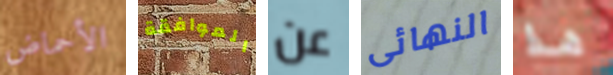
الأحماض الموافقة عن النهائى هذا